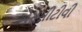
એસસીટીવી